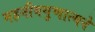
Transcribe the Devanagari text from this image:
महनीयगुणात्मने